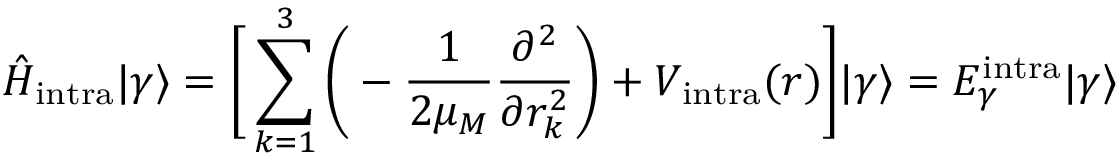
\hat { H } _ { \mathrm { i n t r a } } | \gamma \rangle = \bigg [ \sum _ { k = 1 } ^ { 3 } \bigg ( - { \frac { 1 } { 2 \mu _ { M } } } { \frac { \partial ^ { 2 } } { \partial r _ { k } ^ { 2 } } } \bigg ) + V _ { \mathrm { i n t r a } } ( r ) \bigg ] | \gamma \rangle = E _ { \gamma } ^ { \mathrm { i n t r a } } | \gamma \rangle